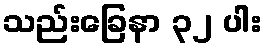
သည်းခြေနာ ၃၂ ပါး